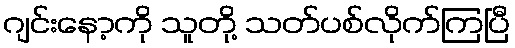
ဂျင်းနော့ကို သူတို့ သတ်ပစ်လိုက်ကြပြီ